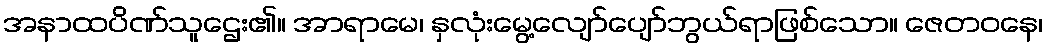
အနာထပိဏ်သူဌေး၏။ အာရာမေ၊ နှလုံးမွေ့လျော်ပျော်ဘွယ်ရာဖြစ်သော။ ဇေတဝနေ၊